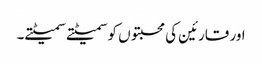
اور قارئین کی محبتوں کو سمیٹتے سمیٹتے۔